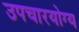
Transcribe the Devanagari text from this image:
उपचारयोग्य